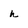
Character: h